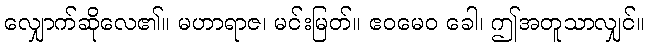
လျှောက်ဆိုလေ၏။ မဟာရာဇ၊ မင်းမြတ်။ ဧဝမေဝ ခေါ၊ ဤအတူသာလျှင်။